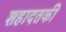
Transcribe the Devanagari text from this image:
शहादतकी